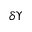
\delta \Upsilon